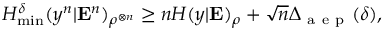
H _ { \operatorname* { m i n } } ^ { \delta } ( y ^ { n } | \mathbf { E } ^ { n } ) _ { \rho ^ { \otimes n } } \geq n H ( y | \mathbf { E } ) _ { \rho } + \sqrt { n } \Delta _ { \mathrm { ~ a ~ e ~ p ~ } } ( \delta ) ,